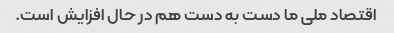
اقتصاد ملی ما دست به دست هم در حال افزایش است.